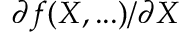
\partial f ( X , . . . ) / \partial X